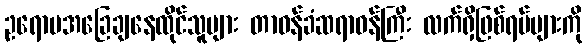
ဥရောပအခြေချနေထိုင်သူများ တာဝန်ခံဆရာဝန်ကြီး လက်ရှိဖြစ်ရပ်များကို